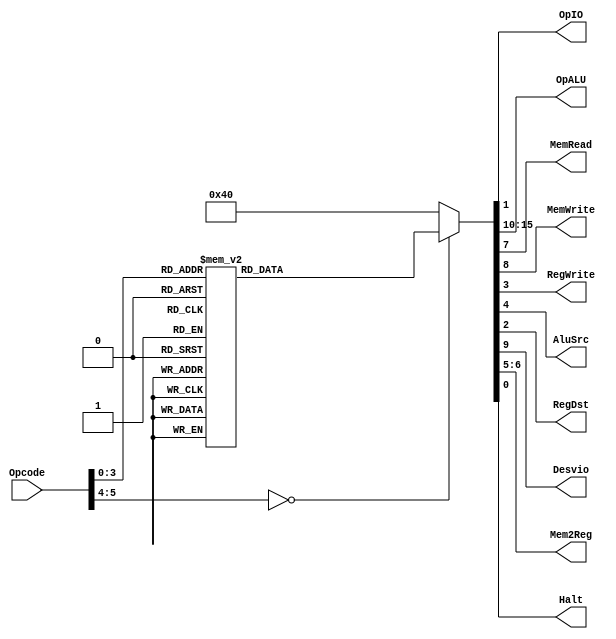
module UnidadedeControle(Opcode,OpIO,OpALU,MemRead,MemWrite,RegWrite,AluSrc,RegDst,Desvio,Mem2Reg,Halt);

	input [5:0] Opcode;
	output reg OpIO,MemRead,MemWrite,RegWrite,AluSrc,RegDst,Desvio,Halt;
	output reg[5:0] OpALU;
	output reg[1:0] Mem2Reg;

	always@(Opcode)
	begin
		Halt = 1'B0;
		case(Opcode)
			6'B000000: // ARITMETICAS
			begin
			OpIO 		= 1'B0;
			RegDst 	= 1'B1;
			RegWrite = 1'B1;
			AluSrc 	= 1'B0;
			Mem2Reg 	= 2'B10;
			MemRead 	= 1'B0;
			MemWrite = 1'B0;
			Desvio 	= 1'B0;
			OpALU 	= 6'B000000;
			end
			
			6'B000001: // LOGICAS
			begin
			OpIO 		= 1'B0;
			RegDst 	= 1'B1;
			RegWrite = 1'B1;
			AluSrc 	= 1'B0;
			Mem2Reg 	= 2'B10;
			MemRead 	= 1'B0;
			MemWrite = 1'B0;
			Desvio 	= 1'B0;
			OpALU 	= 6'B000000;
			end
			
			6'B000010: // ADDI
			begin
			OpIO 		= 1'B0;
			RegDst 	= 1'B0;
			RegWrite = 1'B1;
			AluSrc 	= 1'B1;
			Mem2Reg 	= 2'B10;
			MemRead 	= 1'B0;
			MemWrite = 1'B0;
			Desvio 	= 1'B0;
			OpALU 	= 6'B000000;			
			end
			
			6'B000011: // MOVE
			begin
			OpIO 		= 1'B0;
			RegDst 	= 1'B0;
			RegWrite = 1'B1;
			AluSrc 	= 1'B1;
			Mem2Reg 	= 2'B10;
			MemRead 	= 1'B0;
			MemWrite = 1'B0;
			Desvio 	= 1'B0;
			OpALU 	= 6'B000000;			
			end
			
			6'B000100: // SLT
			begin
			OpIO 		= 1'B0;
			RegDst 	= 1'B1;
			RegWrite = 1'B1;
			AluSrc 	= 1'B0;
			Mem2Reg 	= 2'B10;
			MemRead 	= 1'B0;
			MemWrite = 1'B0;
			Desvio 	= 1'B0;
			OpALU 	= 6'B000000;			
			end
			
			6'B000101: // Jump
			begin
			OpIO 		= 1'B0;
			RegDst 	= 1'B1;
			RegWrite = 1'B0;
			AluSrc 	= 1'B1;
			Mem2Reg 	= 2'B10;
			MemRead 	= 1'B0;
			MemWrite = 1'B0;
			Desvio 	= 1'B1;
			OpALU 	= 6'B000000;			
			end

			6'B000110: // Load
			begin
			OpIO 		= 1'B0;
			RegDst 	= 1'B0;
			RegWrite = 1'B1;
			AluSrc 	= 1'B1;
			Mem2Reg 	= 2'B00;
			MemRead 	= 1'B1;
			MemWrite = 1'B0;
			Desvio 	= 1'B0;
			OpALU 	= 6'B000000;			
			end
			
			6'B000111: // Store
			begin
			OpIO 		= 1'B0;
			RegDst 	= 1'B0;
			RegWrite = 1'B0;
			AluSrc 	= 1'B1;
			Mem2Reg 	= 2'B10;
			MemRead 	= 1'B0;
			MemWrite = 1'B1;
			Desvio 	= 1'B0;
			OpALU 	= 6'B000000;			
			end
			
			6'B001000: // IN
			begin
			Halt     = 1'B1;
			OpIO 		= 1'B1;
			RegDst	= 1'B0;
			RegWrite = 1'B1;
			AluSrc 	= 1'B1;
			Mem2Reg 	= 2'B01;
			MemRead 	= 1'B0;
			MemWrite = 1'B0;
			Desvio 	= 1'B0;
			OpALU 	= 6'B000000;		
			end	
	
			6'B001001: // OUT
			begin
			OpIO 		= 1'B1;
			RegDst 	= 1'B0;
			RegWrite = 1'B0;
			AluSrc 	= 1'B1;
			Mem2Reg 	= 2'B01;
			MemRead 	= 1'B0;
			MemWrite = 1'B0;
			Desvio 	= 1'B0;
			OpALU 	= 6'B000000;		
			end
			
			
			6'B001010: // BEQ
			begin
			OpIO 		= 1'B0;
			RegDst 	= 1'B0;
			RegWrite = 1'B0;
			AluSrc 	= 1'B0;
			Mem2Reg 	= 2'B10;
			MemRead 	= 1'B0;
			MemWrite = 1'B0;
			Desvio 	= 1'B1;
			OpALU 	= 6'B000000;			
			end
			
			6'B001011: // BNE
			begin
			OpIO 		= 1'B0;
			RegDst 	= 1'B0;
			RegWrite = 1'B0;
			AluSrc 	= 1'B0;
			Mem2Reg 	= 2'B10;
			MemRead 	= 1'B0;
			MemWrite = 1'B0;
			Desvio 	= 1'B1;
			OpALU 	= 6'B000000;
			end
			
			default: // Not operation
			begin
			OpIO 		= 1'B0;
			RegDst 	= 1'B0;
			RegWrite = 1'B0;
			AluSrc 	= 1'B0;
			Mem2Reg 	= 2'B10;
			MemRead 	= 1'B0;
			MemWrite = 1'B0;
			Desvio 	= 1'B0;
			OpALU 	= 6'B000000;
			end
		endcase
	end

endmodule